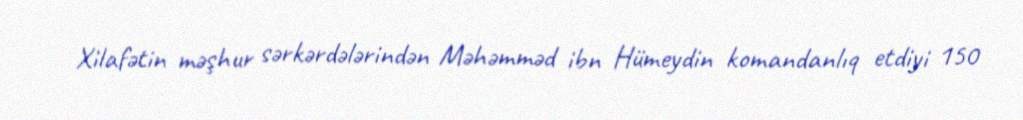
Xilafətin məşhur sərkərdələrindən Məhəmməd ibn Hümeydin komandanlıq etdiyi 150